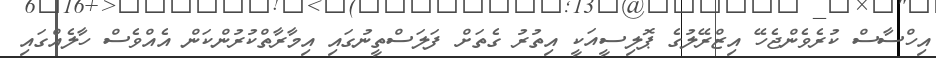
އިހްސާސް ކުރެވެންޖެހޭ އިޒްރޭލުގެ ޕޮލިސީއަކީ އިތުރު ގެތަށް ފަލަސްތީނުގައި އިމާރާތްކުރުންކަން އެއްވެސް ހާލެއްގައި